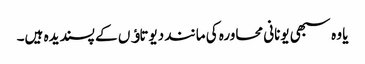
یا وہ سبھی یونانی محاورہ کی مانند دیوتاﺅں کے پسندیدہ ہیں۔